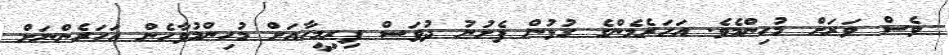
ވެސް ވަރަށް މުހިންމެވެ. އަހަރެމެންގެ ގުޅުން ފެށުނު ދުވަސް ފިރިމީހާއަށް މުހިންމުވާހެން އަހަރެންނަށް